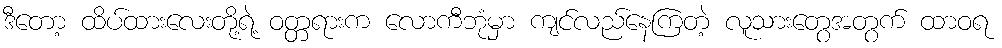
ဒီတော့ ထိပ်ထားလေးတို့ရဲ့ ဝတ္တရားက လောကီဘုံမှာ ကျင်လည်နေကြတဲ့ လူသားတွေအတွက် ထာဝရ